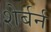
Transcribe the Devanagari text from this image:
शेर्बर्न